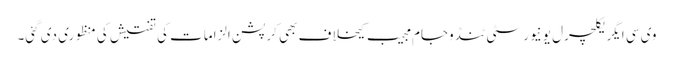
وی سی ایگریکلچرل یونیورسٹی ٹنڈوجام مجیب کیخلاف بھی کرپشن الزامات کی تفتیش کی منظوری دی گئی۔